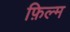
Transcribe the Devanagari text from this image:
फ़िल्म